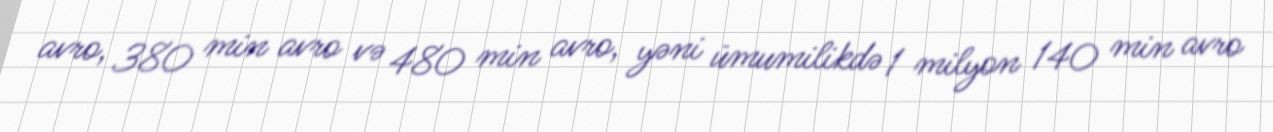
avro, 380 min avro və 480 min avro, yəni ümumilikdə 1 milyon 140 min avro